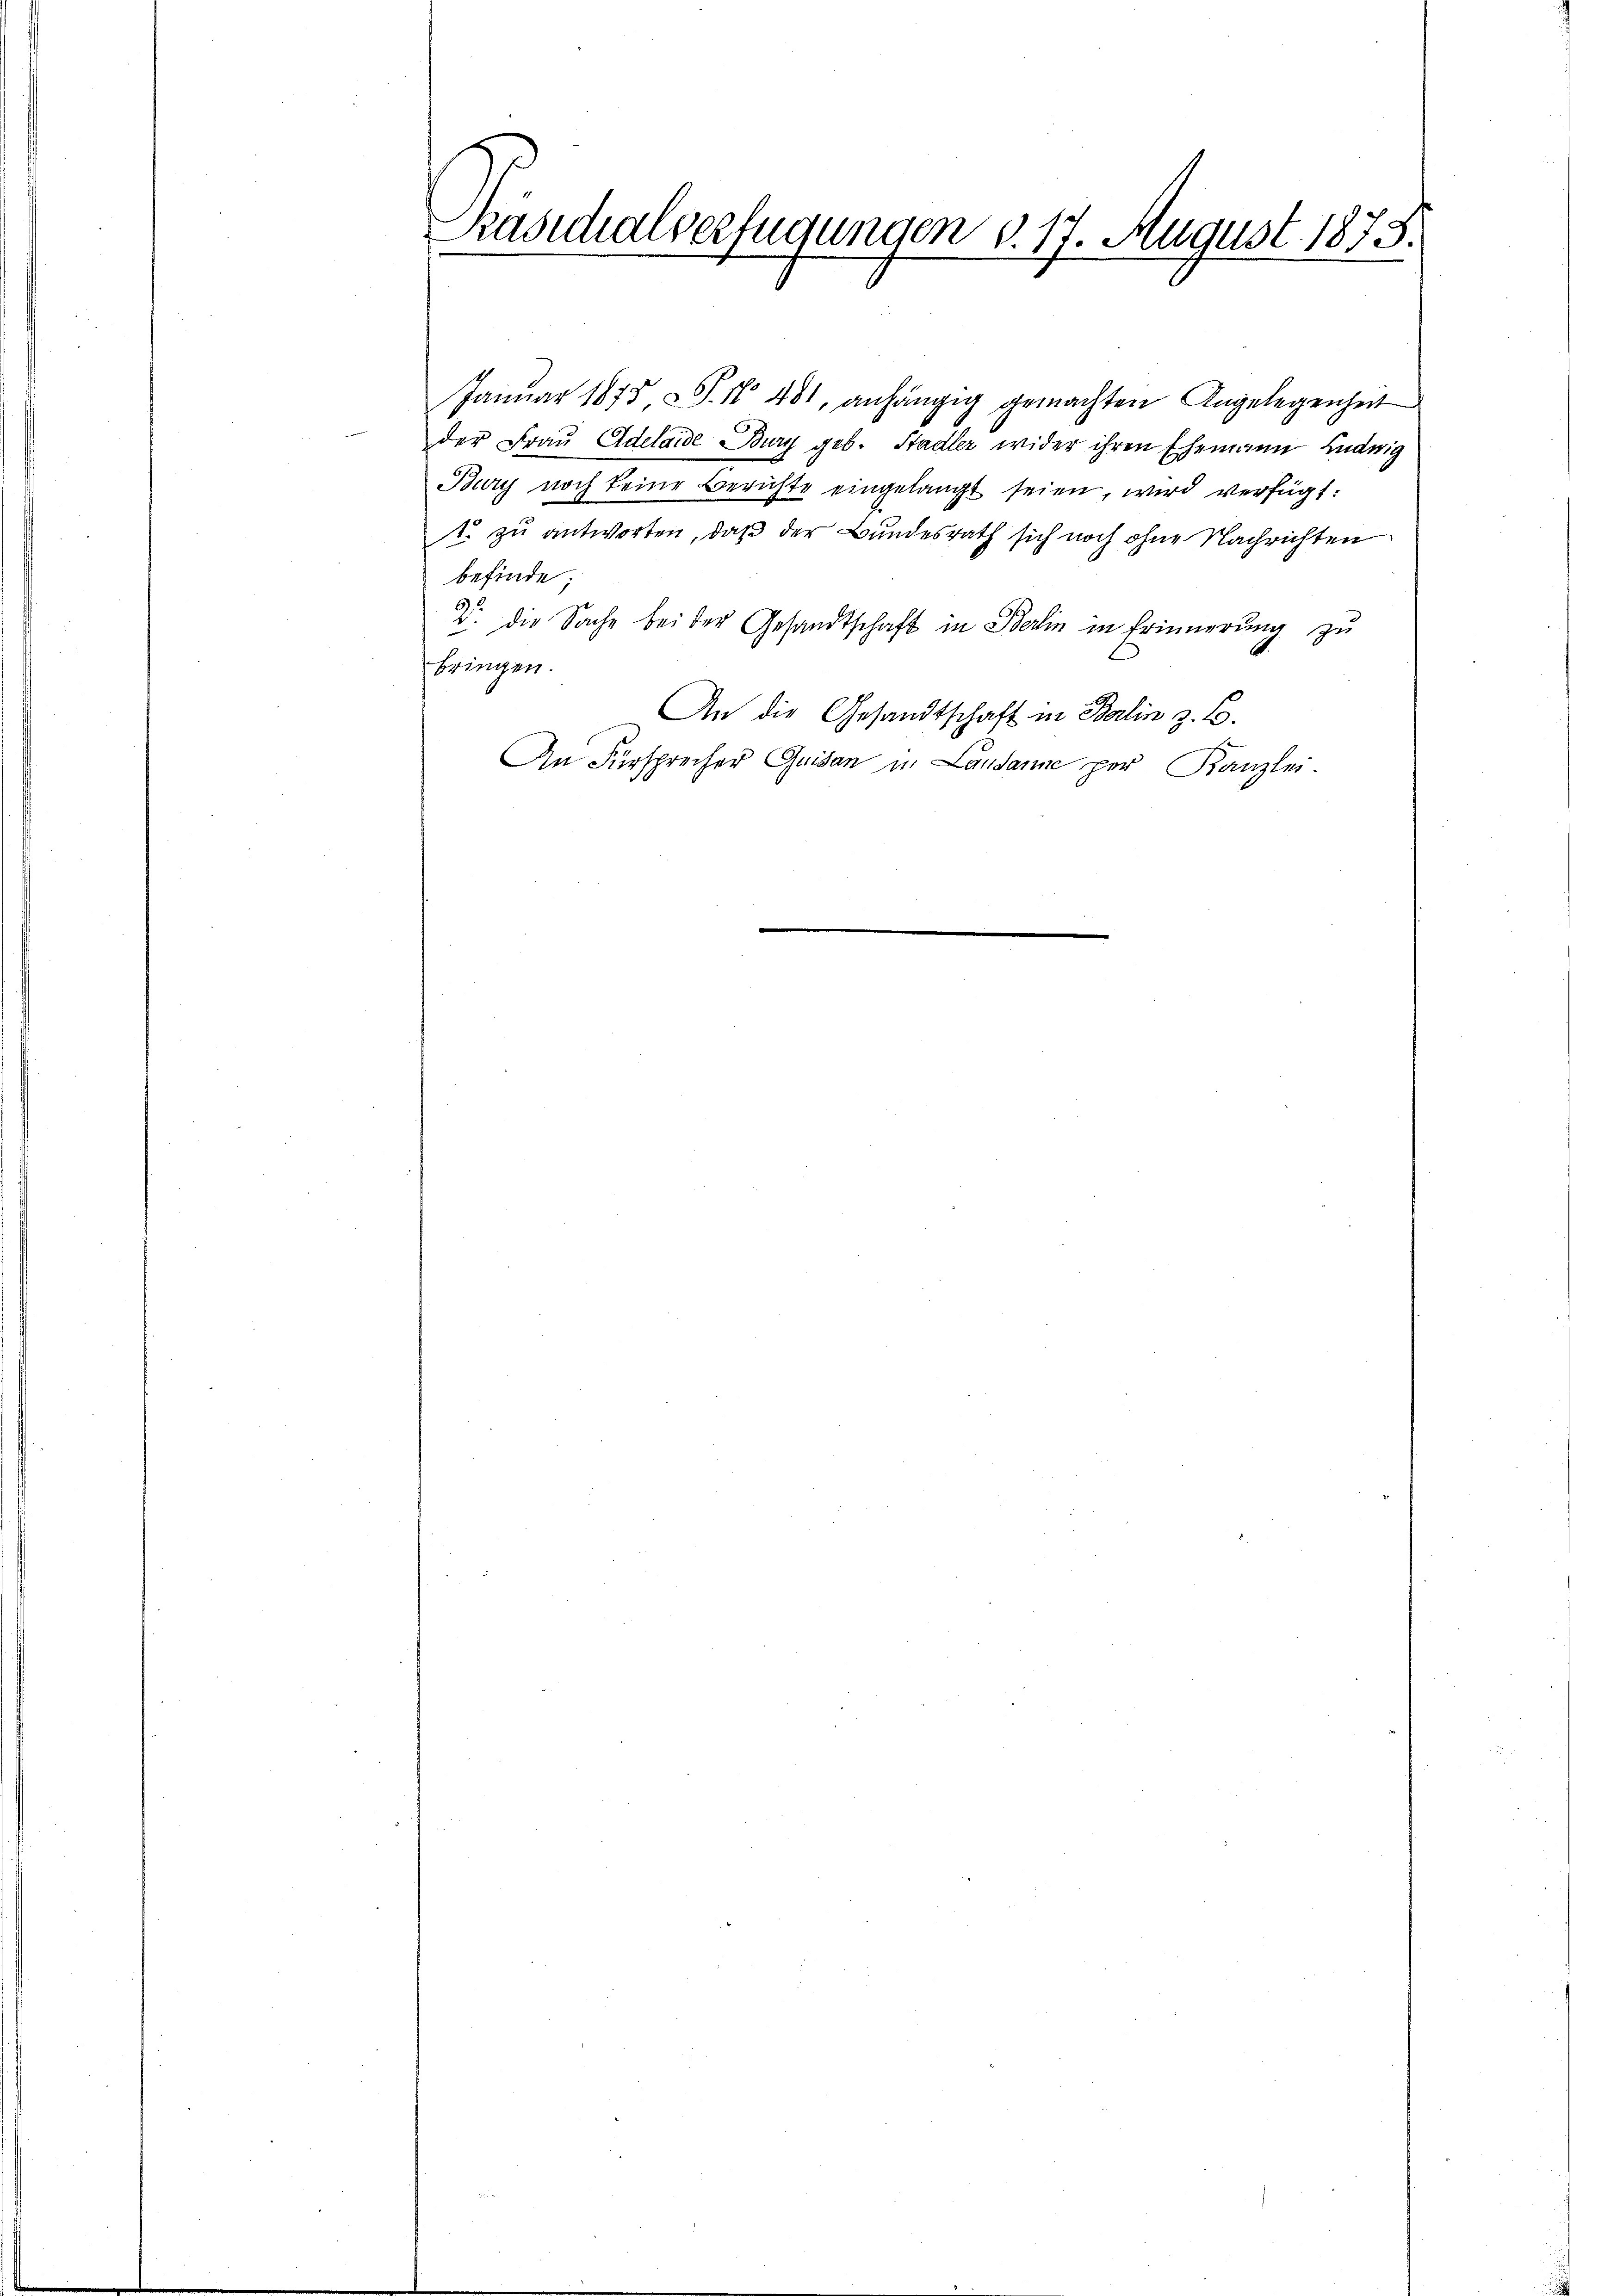
Präsidialverfügungen v. 17. August 1873.

Januar 1875, S. N. 481, anhängig gemachten Angelegenheit
der Fraŭ Adelaide Burg geb. Stadler wider ihren Ehemann Ludwig
Bury noch keine Berichte eingelangt seien, wird verfügt:
1. zu antworten, daß der Bundesrath sich noch ohne Nachrichten
befinde;
2. die Sache bei der Gesandtschaft in Berlin in Erinnerung zu
bringen.
An die Gesandtschaft in Berlin z. B.
e
An Fürsprecher Quisan in Landamne per Kanzlei-